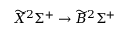
\widetilde { X } ^ { 2 } \Sigma ^ { + } \rightarrow \widetilde { B } ^ { 2 } \Sigma ^ { + }